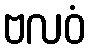
ဗလဝံ